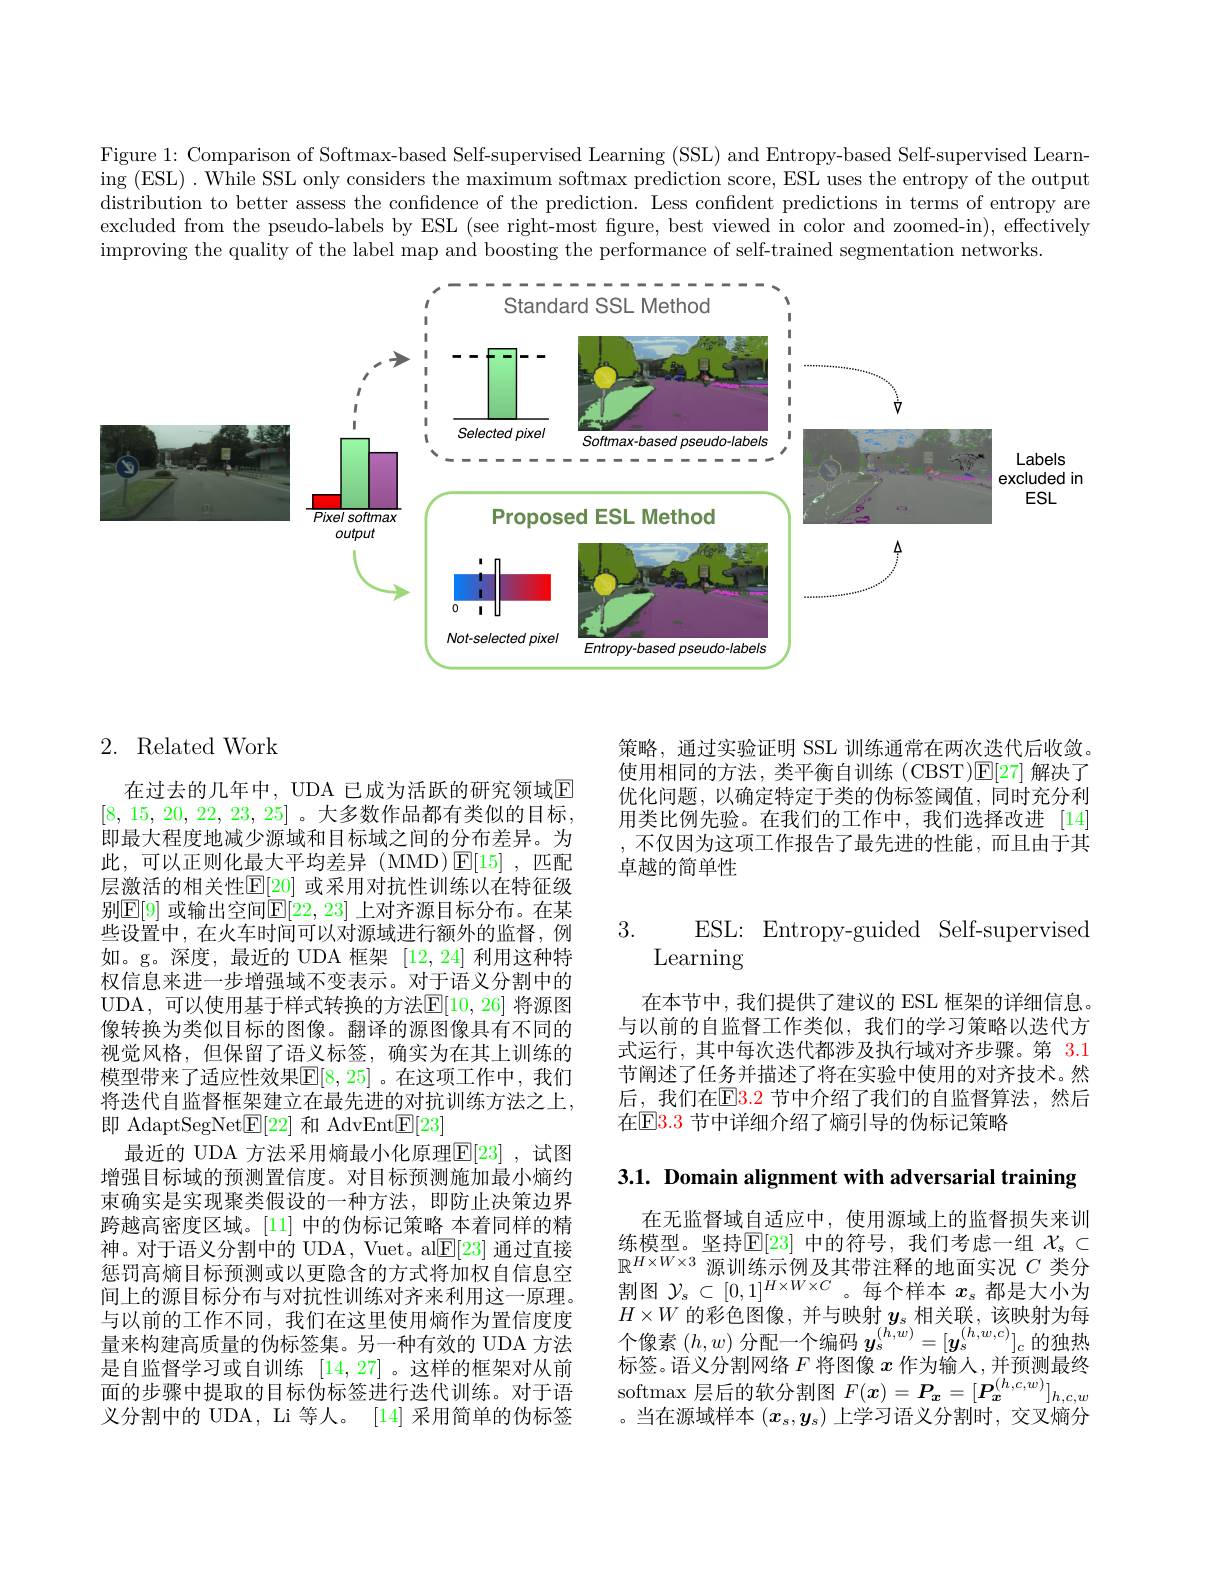
Figure 1: Comparison of Softmax-based Self-supervised Learning (SSL) and Entropy-based Self-supervised Learning (ESL) . While SSL only considers the maximum softmax prediction score, ESL uses the entropy of the output distribution to better assess the confidence of the prediction. Less confident predictions in terms of entropy are excluded from the pseudo-labels by ESL (see right-most figure, best viewed in color and zoomed-in), effectively improving the quality of the label map and boosting the performance of self- trained segmentation networks.

<FigureHere>

## 2. Related Work

在过去的几年中，UDA 已成为活跃的研究领域$\overline{\mathrm{E}}$ [8, 15, 20, 22, 23, 25] 。大多数作品都有类似的目标， 即最大程度地减少源域和目标域之间的分布差异。为此，可以正则化最大平均差异(MMD)$\operatorname{E}[15]$,匹配层激活的相关性$\mathbb{E}[20]$ 或采用对抗性训练以在特征级别$\mathbb{E}[9]$ 或输出空间$\mathbb{E}[22,23]$ 上对齐源目标分布。在某些设置中，在火车时间可以对源域进行额外的监督，例如。g。深度，最近的 UDA 框架[12,24]利用这种特权信息来进一步增强域不变表示。对于语义分割中的UDA, 可以使用基于样式转换的方法$\underline{\mathrm{E}}[10,26]$ 将源图像转换为类似目标的图像。翻译的源图像具有不同的视觉风格，但保留了语义标签，确实为在其上训练的模型带来了适应性效果$\mathbb{E}[8,25]$ 。在这项工作中，我们将迭代自监督框架建立在最先进的对抗训练方法之上， 即 AdaptSegNet$\underline{\mathrm{E}}[22]$和 AdvEnt$\underline{\mathrm{E}}[23]$
最近的 UDA 方法采用熵最小化原理$\overline{\mathbb{E}}[23]$ ,试图增强目标域的预测置信度。对目标预测施加最小熵约束确实是实现聚类假设的一种方法，即防止决策边界跨越高密度区域。[11] 中的伪标记策略 本着同样的精神。对于语义分割中的 UDA, Vuet。al$\underline{\mathrm{E}}[23]$通过直接惩罚高熵目标预测或以更隐含的方式将加权自信息空间上的源目标分布与对抗性训练对齐来利用这一原理。与以前的工作不同，我们在这里使用熵作为置信度度量来构建高质量的伪标签集。另一种有效的 UDA 方法是自监督学习或自训练 [14,27]。这样的框架对从前面的步骤中提取的目标伪标签进行迭代训练。对于语义分割中的 UDA, Li 等人。[14] 采用简单的伪标签

策略，通过实验证明 SSL 训练通常在两次迭代后收敛。使用相同的方法，类平衡自训练(CBST)$\mathbb{E}[27]$解决了优化问题，以确定特定于类的伪标签阈值，同时充分利用类比例先验。在我们的工作中，我们选择改进[14] ,不仅因为这项工作报告了最先进的性能，而且由于其卓越的简单性

3.
ESL: Entropy-guided Self-supervised
$\operatorname{Learning}$

在本节中，我们提供了建议的 ESL 框架的详细信息。与以前的自监督工作类似，我们的学习策略以迭代方式运行，其中每次迭代都涉及执行域对齐步骤。第 3.1节阐述了任务并描述了将在实验中使用的对齐技术。然后，我们在$\mathbb{E}3.2$ 节中介绍了我们的自监督算法，然后在$\color{red}{\mathrm{E}}\color{red}{\mathrm{3.3~}}$节中详细介绍了熵引导的伪标记策略

3.1. Domain alignment with adversarial training

在无监督域自适应中，使用源域上的监督损失来训练模型。坚持$\mathbb{E}[23]$ 中的符号，我们考虑一组 $\mathcal{X}_s\subset$ $\mathbb{R}^{H\times W\times3}$源训练示例及其带注释的地面实况 $C$ 类分割图$\mathcal{Y}_s\subset[0,1]^{H\times W\times C}$。每个样本$x_s$都是大小为$H\times W$ 的彩色图像，并与映射$y_s$ 相关联，该映射为每个像素$(h,w)$分配一个编码$y_s^(h,w)=[\boldsymbol{y}_s^{(h,w,c)}]_c$的独热标签。语义分割网络$F$将图像$x$作为输人，并预测最终softmax 层后的软分割图$F(x)=P_{x}=[\boldsymbol{P}_{x}^{(h,c,w)}]_{h,c,w}$ 。当在源域样本$(x_s,y_s)$上学习语义分割时，交叉熵分